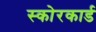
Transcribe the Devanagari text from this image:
स्‍कोरकार्ड